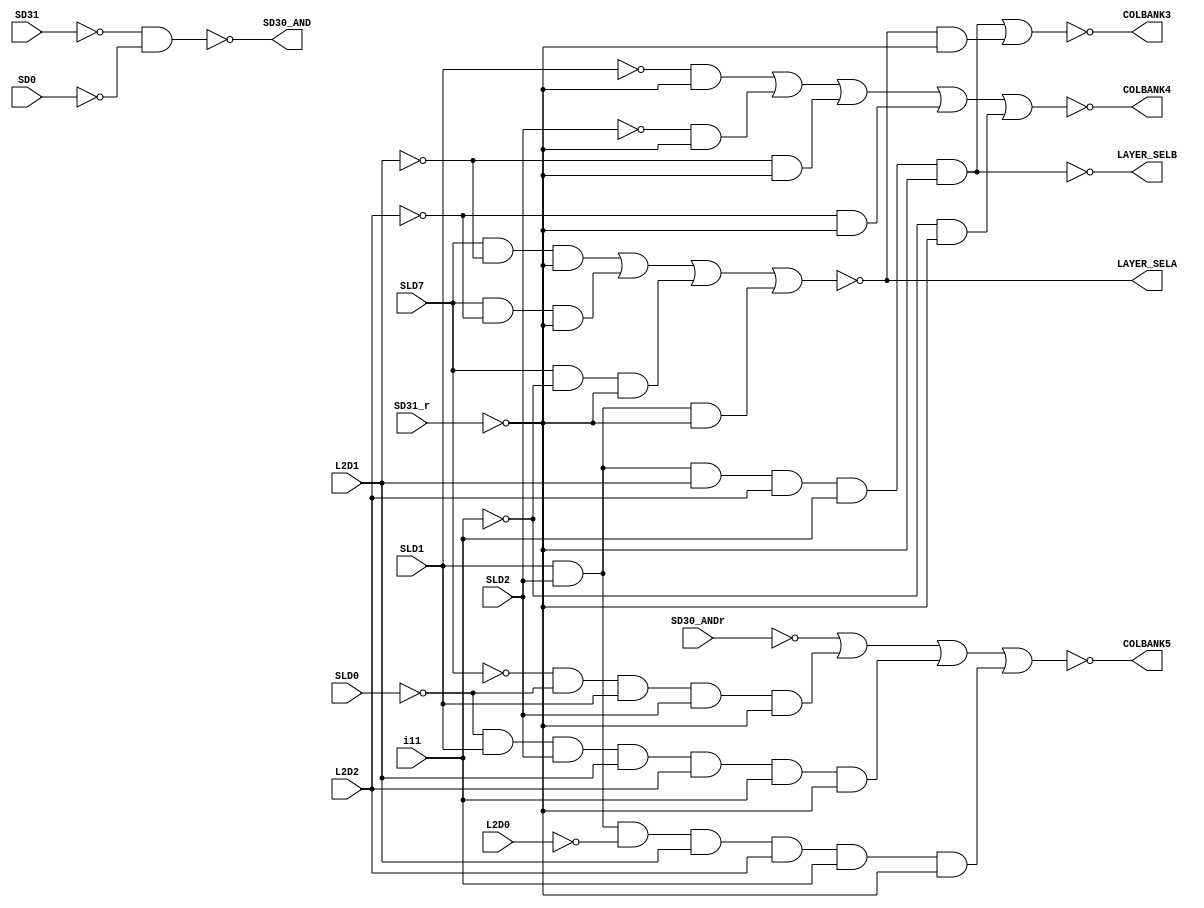
//A5004_3.v
`default_nettype none
`timescale 1ns/1ps

module A5004_3 (
    //inputs
    input wire SD31, //1
    input wire SD0, //2
    input wire SLD7, //3
    input wire SLD0, //4
    input wire SLD1, //5
    input wire SLD2, //6
    input wire L2D0, //7
    input wire L2D1, //8
    input wire L2D2, //9
    input wire i11, //11 VCC
    input wire SD31_r, //13
    input wire SD30_ANDr, //14
    //outputs
    output wire COLBANK5, //12
    output wire LAYER_SELA, //15
    output wire LAYER_SELB, //16
    output wire COLBANK3, //17
    output wire COLBANK4, //18
    output wire SD30_AND //19
);
    wire SD31_r_neg;
    wire SD31_neg;
    wire SD30_ANDr_neg;
    wire SD0_neg;
    wire SLBD7_neg;
    wire SLD7_neg;
    wire SLD0_neg;
    wire SLD1_neg;
    wire SLD2_neg;
    wire L2D2_neg;
    wire L2D1_neg;
    wire L2D0_neg;
    wire i11_neg;

    assign  SD31_r_neg    = ~SD31_r;
    assign  SD30_ANDr_neg = ~SD30_ANDr;
    assign  SLD7_neg      = ~SLD7;
    assign  SLD0_neg      = ~SLD0;
    assign  SLD1_neg      = ~SLD1;
    assign  SLD2_neg      = ~SLD2;
    assign  L2D2_neg      = ~L2D2;
    assign  L2D1_neg      = ~L2D1;
    assign  L2D0_neg      = ~L2D0;
    assign  i11_neg       = ~i11;
    assign  SD31_neg      = ~SD31;
    assign  SD0_neg       = ~SD0;
     
    assign  COLBANK5   = ~((SD30_ANDr_neg                                                                               )|
                           (               SLD7_neg & SLD0_neg & SLD1 & SLD2 &                                SD31_r_neg)|
                           (                          SLD0_neg & SLD1 & SLD2 &            L2D1 & L2D2 & i11 & SD31_r_neg)|
                           (                                     SLD1 & SLD2 & L2D0_neg & L2D1 & L2D2 & i11 & SD31_r_neg));
                                               
    //------------------------------------------------------
    assign  LAYER_SELA = ~((SLD7 & L2D1_neg & SD31_r_neg)|
                           (SLD7 & L2D2_neg & SD31_r_neg)|
                           (SLD7 & i11_neg  & SD31_r_neg)|
                           (SLD1 & SLD2     & SD31_r_neg));  
    //------------------------------------------------------
    assign  LAYER_SELB = ~((SLD1 & SLD2 & L2D1 & L2D2 & i11 & SD31_r_neg));
    //------------------------------------------------------
    assign  COLBANK3   = ~((SLD1 & SLD2 & L2D1 & L2D2 & i11 & SD31_r_neg)|
                           (                     LAYER_SELA & SD31_r_neg));
    //------------------------------------------------------
    assign  COLBANK4   = ~((SLD1_neg & SD31_r_neg)|
                           (SLD2_neg & SD31_r_neg)|
                           (L2D1_neg & SD31_r_neg)|
                           (L2D2_neg & SD31_r_neg)|
                           (i11_neg  & SD31_r_neg));   

    assign  SD30_AND   = ~(SD31_neg & SD0_neg);
endmodule